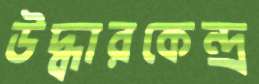
উদ্ধারকেন্দ্র